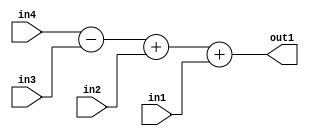
`timescale 1ps / 1ps
/*****************************************************************************
    Verilog RTL Description
    
    
    Created by: Stratus DpOpt 2019.1.01 
*******************************************************************************/

module pw_weight_addr_gen_Add3u8u8Subu16u16_4 (
	in4,
	in3,
	in2,
	in1,
	out1
	); /* architecture "behavioural" */ 
input [15:0] in4,
	in3;
input [7:0] in2,
	in1;
output [15:0] out1;
wire [15:0] asc001;

wire [15:0] asc001_tmp_0;
wire [15:0] asc001_tmp_1;
assign asc001_tmp_1 = 
	+(in4)
	-(in3);
assign asc001_tmp_0 = asc001_tmp_1
	+(in2);
assign asc001 = asc001_tmp_0
	+(in1);

assign out1 = asc001;
endmodule

/* CADENCE  v7D3QwE= : u9/ySgnWtBlWxVPRXgAZ4Og= ** DO NOT EDIT THIS LINE ******/